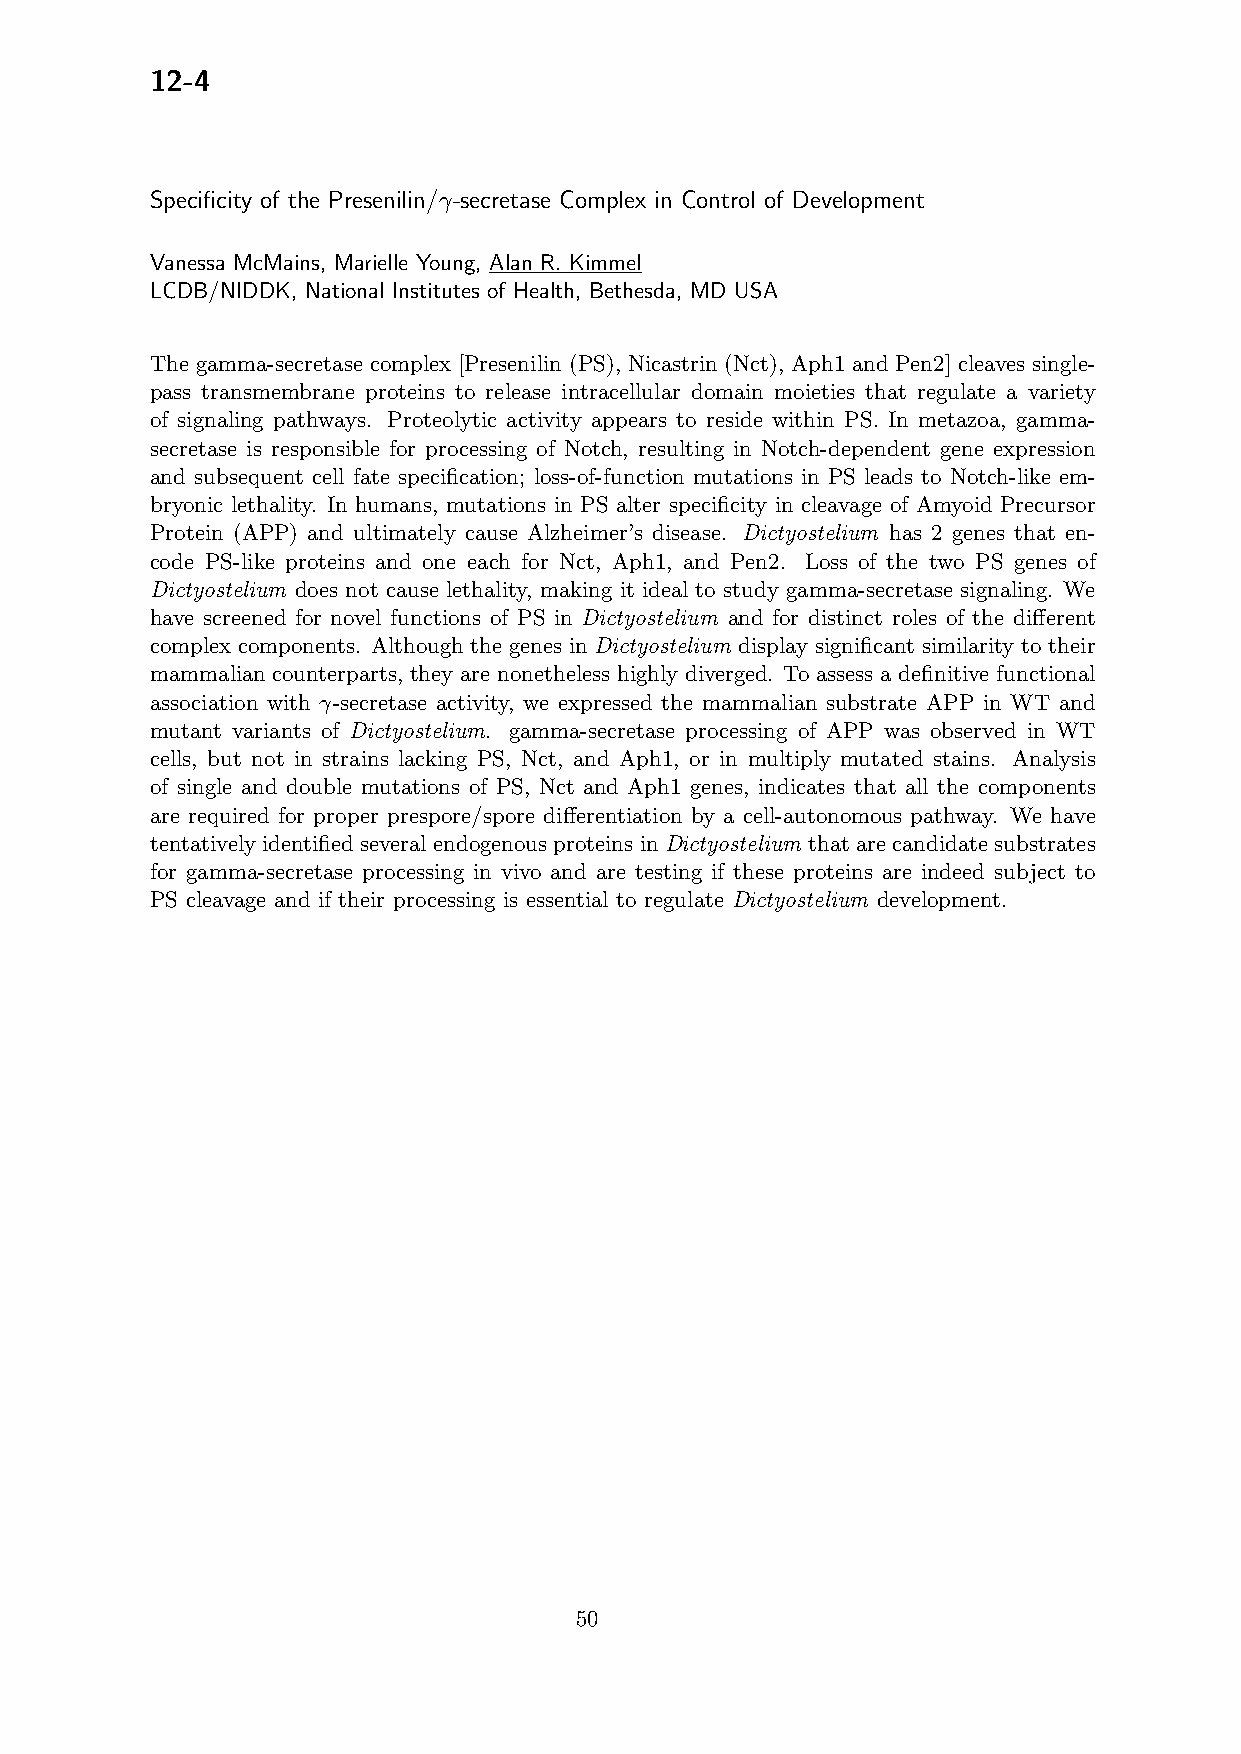
12-4
 Specificity of the Presenilin/γ-secretase Complex in Control of Development
 Vanessa McMains, Marielle Young, Alan R. Kimmel
 LCDB/NIDDK, National Institutes of Health, Bethesda, MD USA
 The gamma-secretase complex [Presenilin (PS), Nicastrin (Nct), Aph1 and Pen2] cleaves single-
 pass transmembrane proteins to release intracellular domain moieties that regulate a variety
 of signaling pathways. Proteolytic activity appears to reside within PS. In metazoa, gamma-
 secretase is responsible for processing of Notch, resulting in Notch-dependent gene expression
 and subsequent cell fate specification; loss-of-function mutations in PS leads to Notch-like em-
 bryonic lethality. In humans, mutations in PS alter specificity in cleavage of Amyoid Precursor
 Protein (APP) and ultimately cause Alzheimer’s disease. Dictyostelium has 2 genes that en-
 code PS-like proteins and one each for Nct, Aph1, and Pen2. Loss of the two PS genes of
 Dictyostelium does not cause lethality, making it ideal to study gamma-secretase signaling. We
 have screened for novel functions of PS in Dictyostelium and for distinct roles of the different
 complex components. Although the genes in Dictyostelium display significant similarity to their
 mammalian counterparts, they are nonetheless highly diverged. To assess a definitive functional
 association with γ-secretase activity, we expressed the mammalian substrate APP in WT and
 mutant variants of Dictyostelium. gamma-secretase processing of APP was observed in WT
 cells, but not in strains lacking PS, Nct, and Aph1, or in multiply mutated stains. Analysis
 of single and double mutations of PS, Nct and Aph1 genes, indicates that all the components
 are required for proper prespore/spore differentiation by a cell-autonomous pathway. We have
 tentativelyidentifiedseveralendogenousproteinsinDictyostelium thatarecandidatesubstrates
 for gamma-secretase processing in vivo and are testing if these proteins are indeed subject to
 PS cleavage and if their processing is essential to regulate Dictyostelium development.
 50